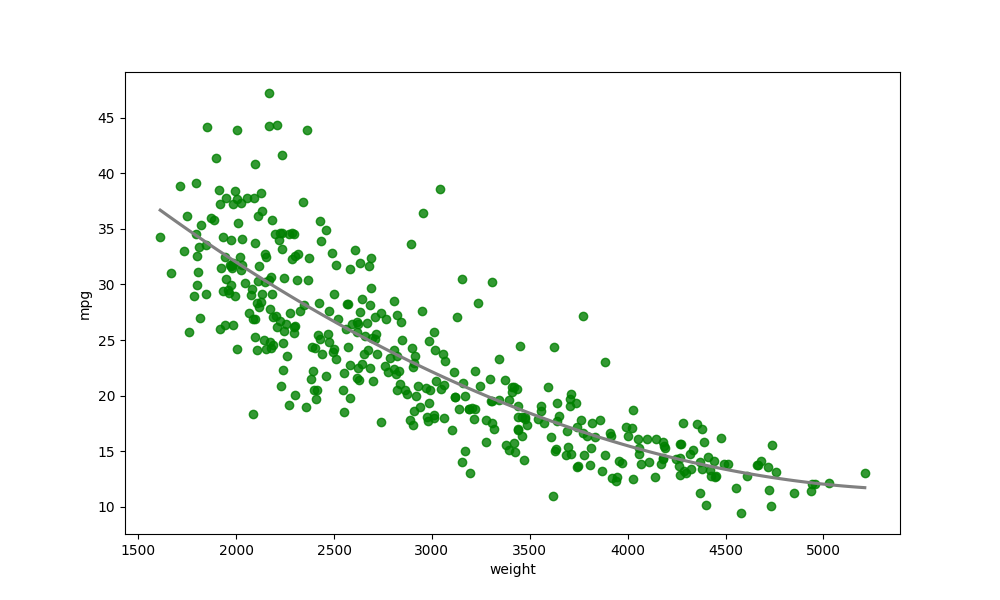
python, seaborn, regplot, order=2, ci=None, scatter_color=green, line_color=gray